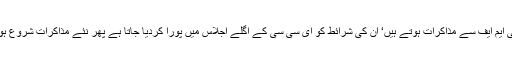
لگتا ہے آئی ایم ایف سے مذاکرات ہوتے ہیں‘ ان کی شرائط کو ای سی سی کے اگلے اجلاس میں پورا کردیا جاتا ہے پھر نئے مذاکرات شروع ہوجاتے ہیں۔